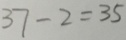
3 7 - 2 = 3 5